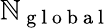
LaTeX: \mathbb{N}_{\mathrm{{~g~l~o~b~a~l~}}}